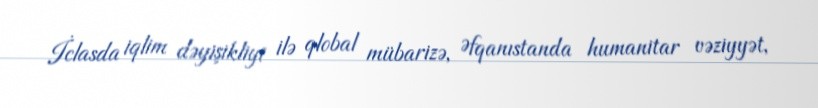
İclasda iqlim dəyişikliyi ilə qlobal mübarizə, Əfqanıstanda humanitar vəziyyət,